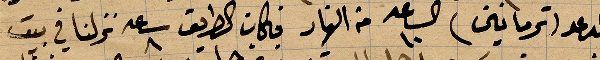
المدعو (ترمانين) الساعة ١٠ من النهار فكان الطريق ساعة ٨ نزلنا في بين